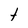
Character: t